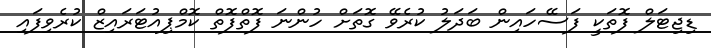
ޑިޖިޓަލް ފޮތަކީ ފަސޭހައިން ބަދަލު ކުރެވޭ ގޮތަށް ހުންނަ ފޮތްފޮތް ކޮމްޕިއުޓަރައިޒް ކުރެވިފައި